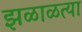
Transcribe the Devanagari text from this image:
झळाळत्या